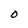
Character: O